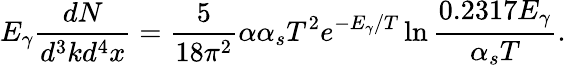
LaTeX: E_{\gamma}\frac{dN}{d^{3}kd^{4}x}=\frac{5}{18\pi^{2}}\alpha\alpha_{s}T^{2}e^{-E_{\gamma}/T}\ln\frac{0.2317E_{\gamma}}{\alpha_{s}T}.